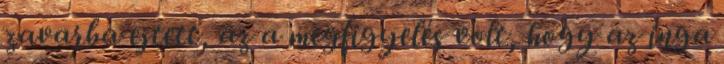
zavarba ejtett, az a megfigyelés volt, hogy az inga